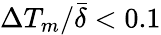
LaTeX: \Delta T_{m}/\bar{\delta}<0.1